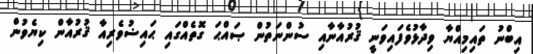
އިބްނު ތައިމިއްޔާ ވިދާޅުވެފައިވަނީ ޤުރުއާނާއި ސުންނަތުން ޞައްޙަ ގޮތެއްގައި ޙައިޟުވެރިއާ ޤުރުއާން ކިޔެވުން